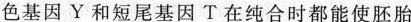
色基因Y和短尾基因T在纯合时都能使胚胎